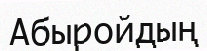
Абыройдың